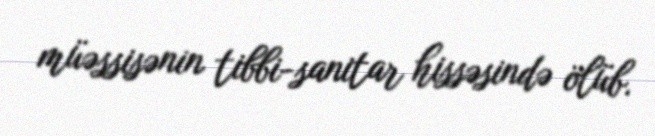
müəssisənin tibbi-sanitar hissəsində ölüb.